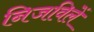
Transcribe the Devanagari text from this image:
निजविलें